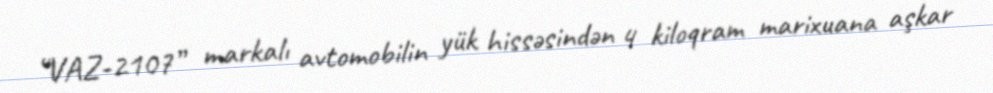
“VAZ-2107” markalı avtomobilin yük hissəsindən 4 kiloqram marixuana aşkar